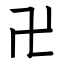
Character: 卍